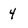
Character: 4